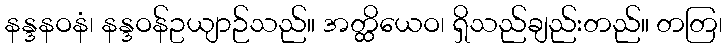
နန္ဒနဝနံ၊ နန္ဒဝန်ဥယျာဉ်သည်။ အတ္ထိယေဝ၊ ရှိသည်ချည်းတည်။ တတြ၊